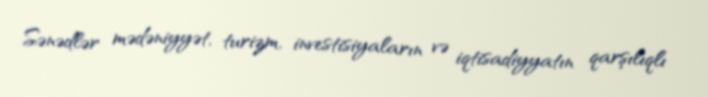
Sənədlər mədəniyyət, turizm, investisiyaların və iqtisadiyyatın qarşılıqlı